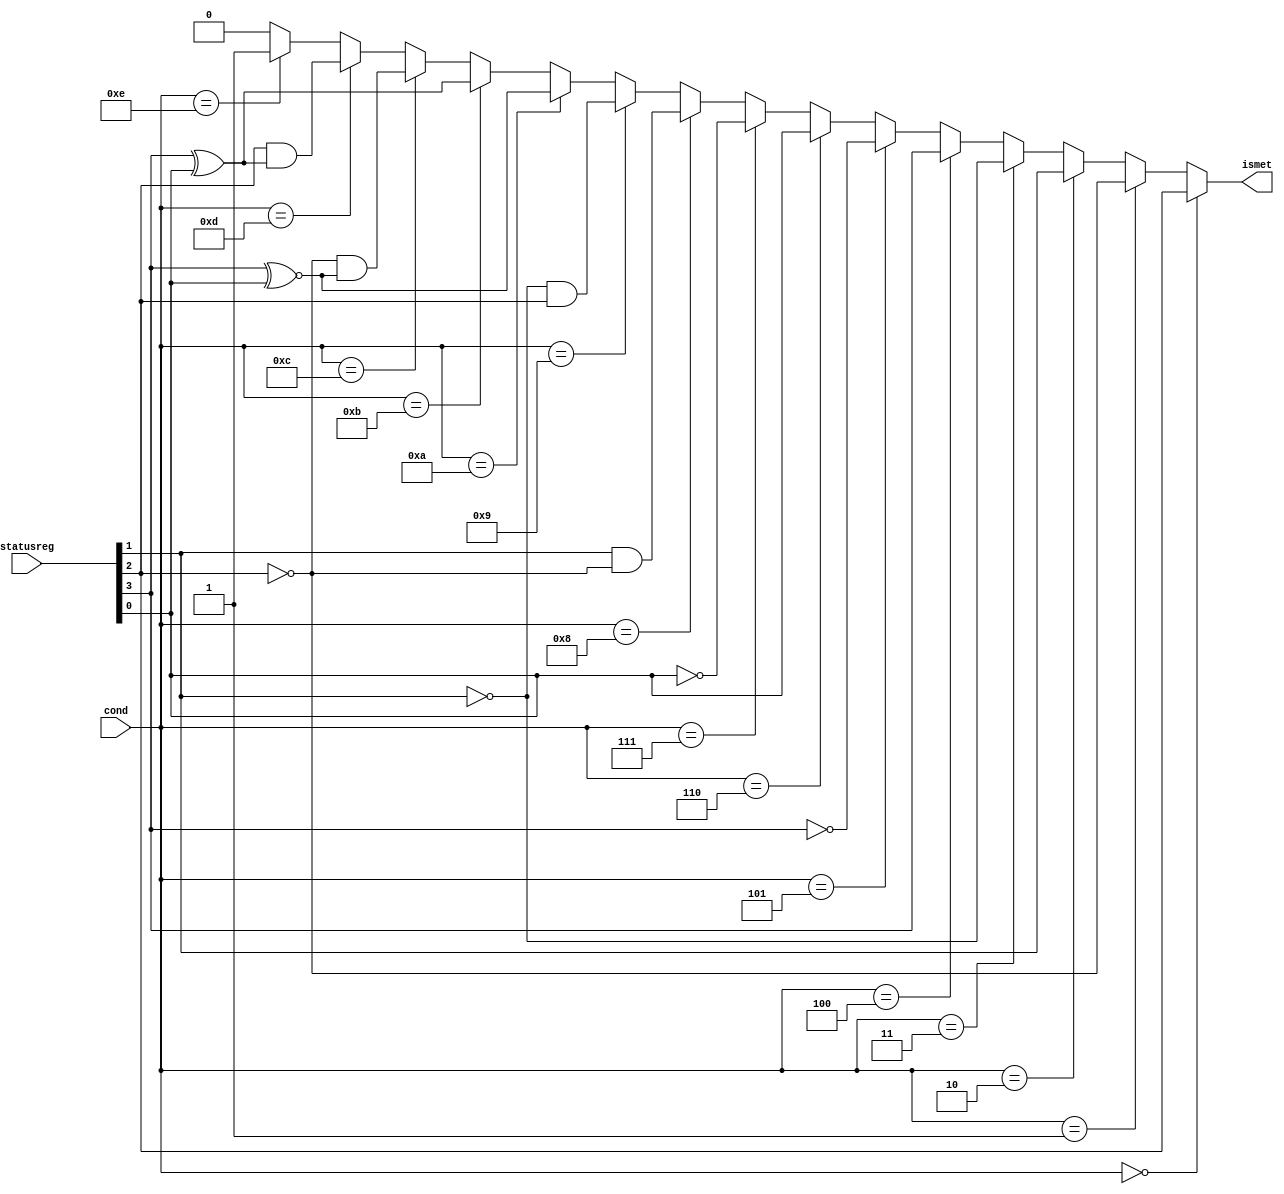
module condcheck(input [3:0]cond,input [3:0]statusreg,output reg ismet);
// Note that order of s is ={N,z,c,v}...
wire n,z,c,v;
assign {n,z,c,v}=statusreg;
always @(*)begin 
if (cond==4'b0000)ismet=z;
else if (cond==4'b0001)ismet=~z;
else if(cond==4'b0010)ismet=c;
else if (cond==4'b0011)ismet=~c;
else if(cond==4'b0100)ismet=n;
else if (cond==4'b0101)ismet=~n;
else if (cond==4'b0110)ismet=v;
else if (cond==4'b0111)ismet=~v;
else if (cond==4'b1000)ismet=c & ~z;
else if (cond==4'b1001)ismet=~c & z;
else if (cond==4'b1010)ismet=n ~^v;
else if (cond==4'b1011)ismet=n^v;
else if (cond==4'b1100)ismet=~z&(n~^ v);
else if (cond==4'b1101)ismet=z&(n^v);
else if (cond==4'b1110)ismet=1'b1;
else ismet=1'b0;
end
endmodule